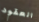
العقود